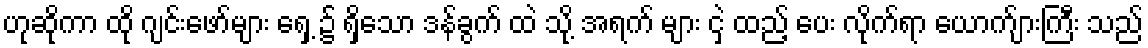
ဟုဆိုကာ ထို ဂျင်းဖော်များ ရှေ့ ၌ ရှိသော ဒန်ခွက် ထဲ သို့ အရက် များ ငှဲ့ ထည့် ပေး လိုက်ရာ ယောက်ျားကြီး သည်